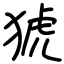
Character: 猇